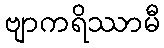
ဗျာကရိဿာမီ